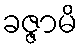
ခဇ္ဇာမိ